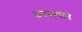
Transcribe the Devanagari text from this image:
ठरवल्याने